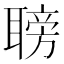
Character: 𦗍